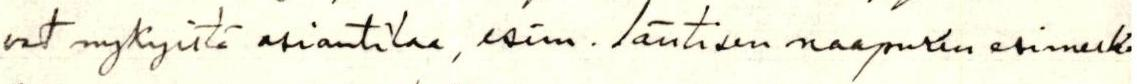
vat nykyistä asiantilaa, esim. läntisen naapurin esimerk